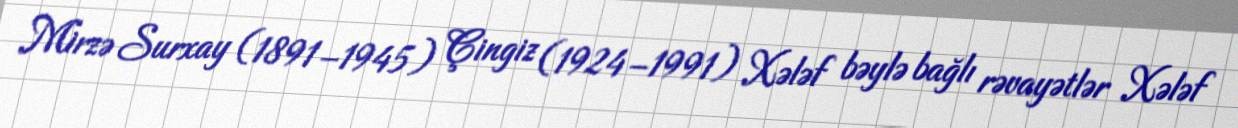
Mirzə Surxay (1891–1945) Çingiz (1924–1991) Xələf bəylə bağlı rəvayətlər Xələf